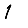
Digit: 1